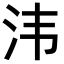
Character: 𣲗